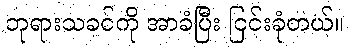
ဘုရားသခင်ကို အာခံပြီး ငြင်းခုံတယ်။